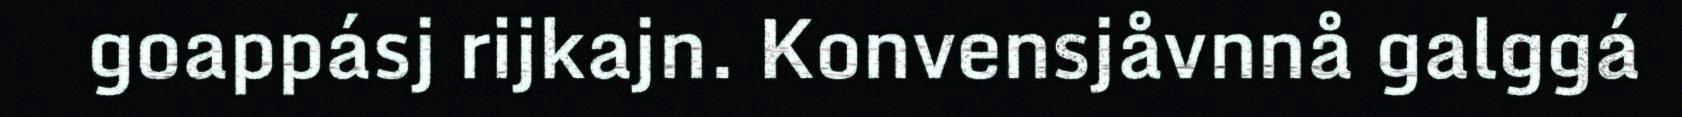
goappásj rijkajn. Konvensjåvnnå galggá